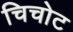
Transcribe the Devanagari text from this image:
चिचोट